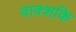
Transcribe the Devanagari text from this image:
वाक्शकि